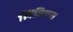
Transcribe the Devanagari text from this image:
लिवियस